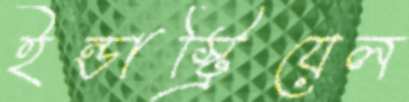
ইন্ডাস্ট্রিয়েল